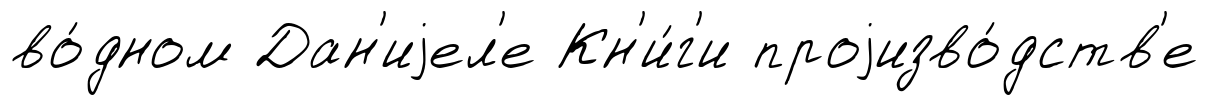
во́дном Дан'иjел'е Кн'и́г'и проjизво́дств'е